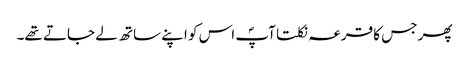
پھر جس کا قرعہ نکلتا آپؐ اس کو اپنے ساتھ لے جاتے تھے۔